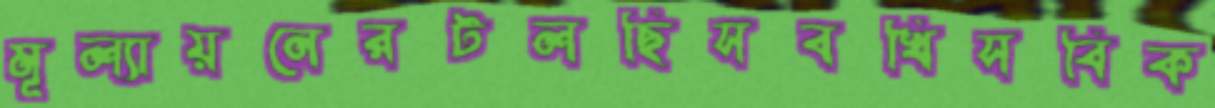
মূল্যায়নেরটলছিসবখিসবিক